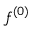
f ^ { ( 0 ) }